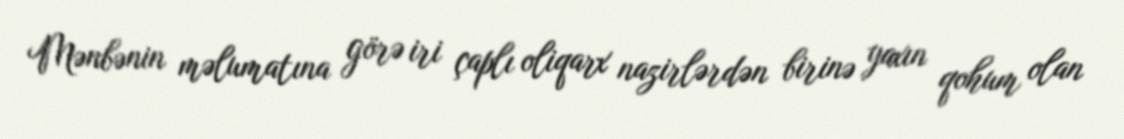
Mənbənin məlumatına görə iri çaplı oliqarx nazirlərdən birinə yaxın qohum olan